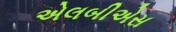
એલબીએસ